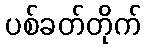
ပစ်ခတ်တိုက်